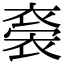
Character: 𧛁